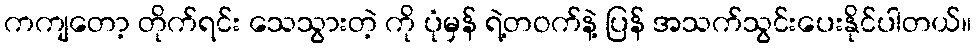
ကကျတော့ တိုက်ရင်း သေသွားတဲ့ ကို ပုံမှန် ရဲ့တဝက်နဲ့ ပြန် အသက်သွင်းပေးနိုင်ပါတယ်။